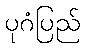
ပုဂံပြည်